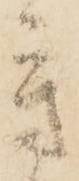
芳